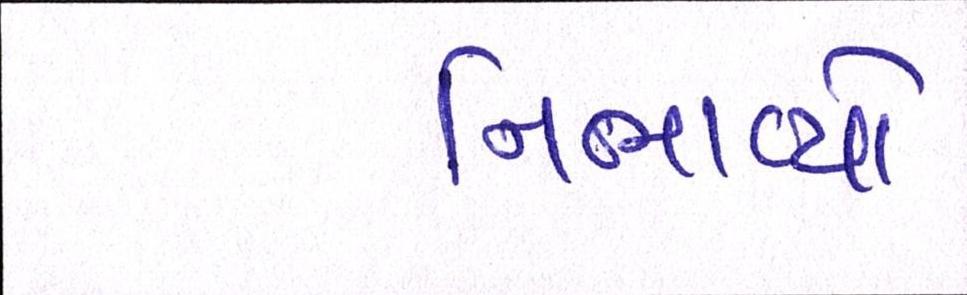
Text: નિભાવ્યો